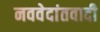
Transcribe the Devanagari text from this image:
नववेदांतवादी